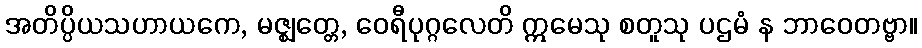
အတိပ္ပိယသဟာယကေ, မဇ္ဈတ္တေ, ဝေရီပုဂ္ဂလေတိ ဣမေသု စတူသု ပဌမံ န ဘာဝေတဗ္ဗာ။